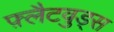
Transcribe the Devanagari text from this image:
फ़्लैटवुड्स